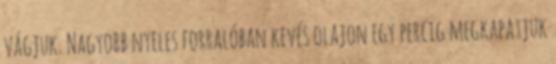
vágjuk. Nagyobb nyeles forralóban kevés olajon egy percig megkapatjuk